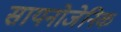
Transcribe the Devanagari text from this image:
सायनोजेनिक